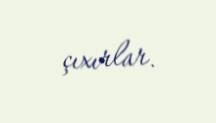
çıxırlar.